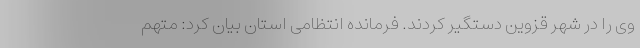
وی را در شهر قزوین دستگیر کردند. فرمانده انتظامی استان بیان کرد: متهم